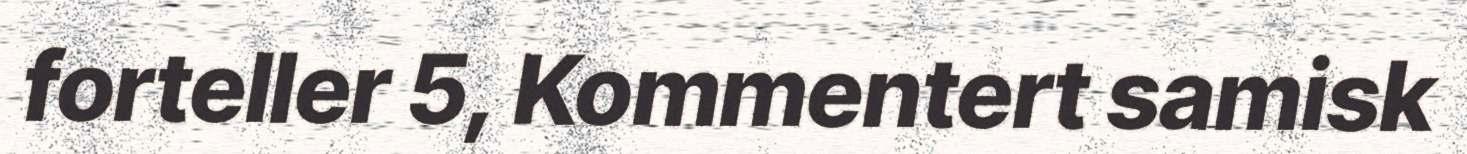
forteller 5, Kommentert samisk